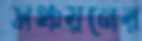
সঞ্চয়নের